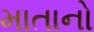
માતાનો